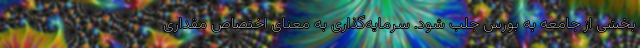
بخشی از جامعه به بورس جلب شود. سرمایه‌گذاری به معنای اختصاص مقداری